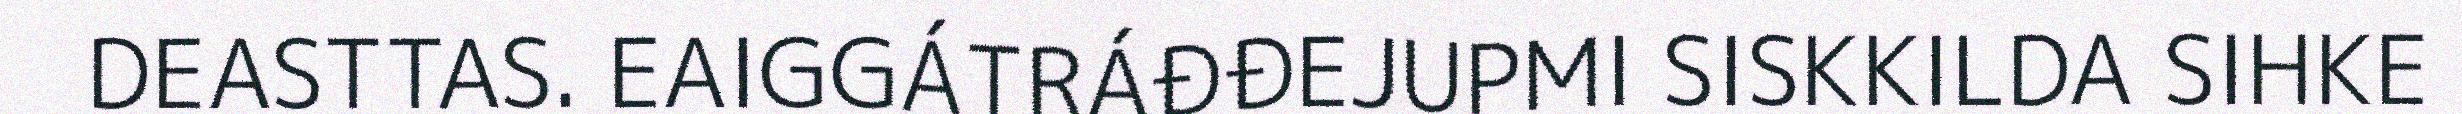
DEASTTAS. EAIGGÁTRÁĐĐEJUPMI SISKKILDA SIHKE